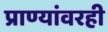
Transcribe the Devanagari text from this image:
प्राण्यांवरही